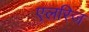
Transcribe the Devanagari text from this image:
एलरिज